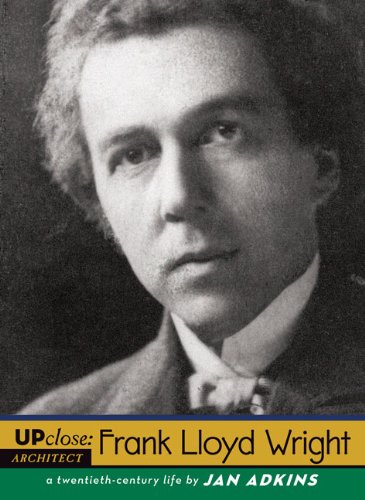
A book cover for Frank Lloyd Wright (Up Close); Jan Adkins; Teen & Young Adult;